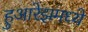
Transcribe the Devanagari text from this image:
हुआरेझमध्ये